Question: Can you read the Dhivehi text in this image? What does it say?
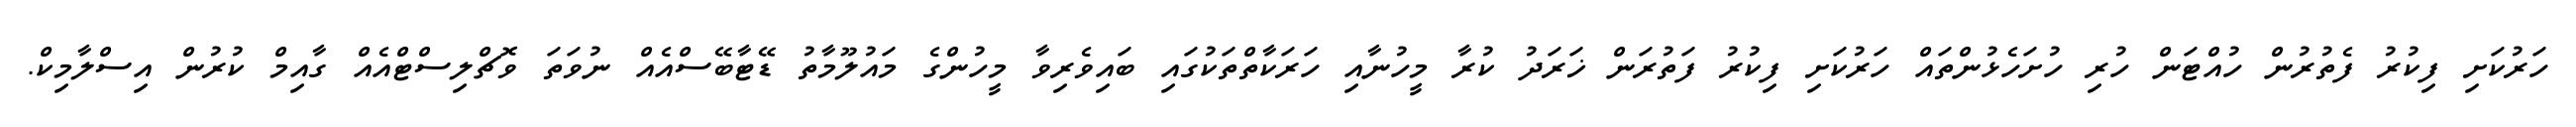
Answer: ހަރުކަށި ފިކުރު ފެތުރުން ހުއްޓަން ހުރި ހުށަހެޅުންތައް ހަރުކަށި ފިކުރު ފަތުރަން ޚަރަދު ކުރާ މީހުނާއި ހަރަކާތްތަކުގައި ބައިވެރިވާ މީހުންގެ މައުލޫމާތު ޑޭޓާބޭސްއެއް ނުވަތަ ވޮޗްލިސްޓްއެއް ގާއިމް ކުރުން އިސްލާމިކް.